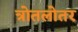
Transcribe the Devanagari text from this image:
त्रोतलोतर